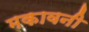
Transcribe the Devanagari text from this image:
मकावनी